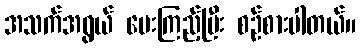
အသက်အရွယ် မေးကြည့်ပြီး စဉ်စားပါတယ်။